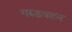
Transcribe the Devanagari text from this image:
गरुडवहन